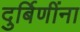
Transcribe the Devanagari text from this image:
दुर्बिणींना